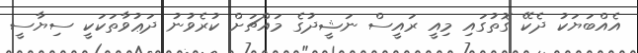
އެއްބަޔަކު ދެކޭ ގޮތުގައި މިއީ ރައީސް ނަޝީދުގެ މައްޗަށް ކުރެވުނު ދަޢުވާތަކަކީ ސިޔާސީ